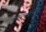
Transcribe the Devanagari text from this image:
स्वधर्माप्रमाणे